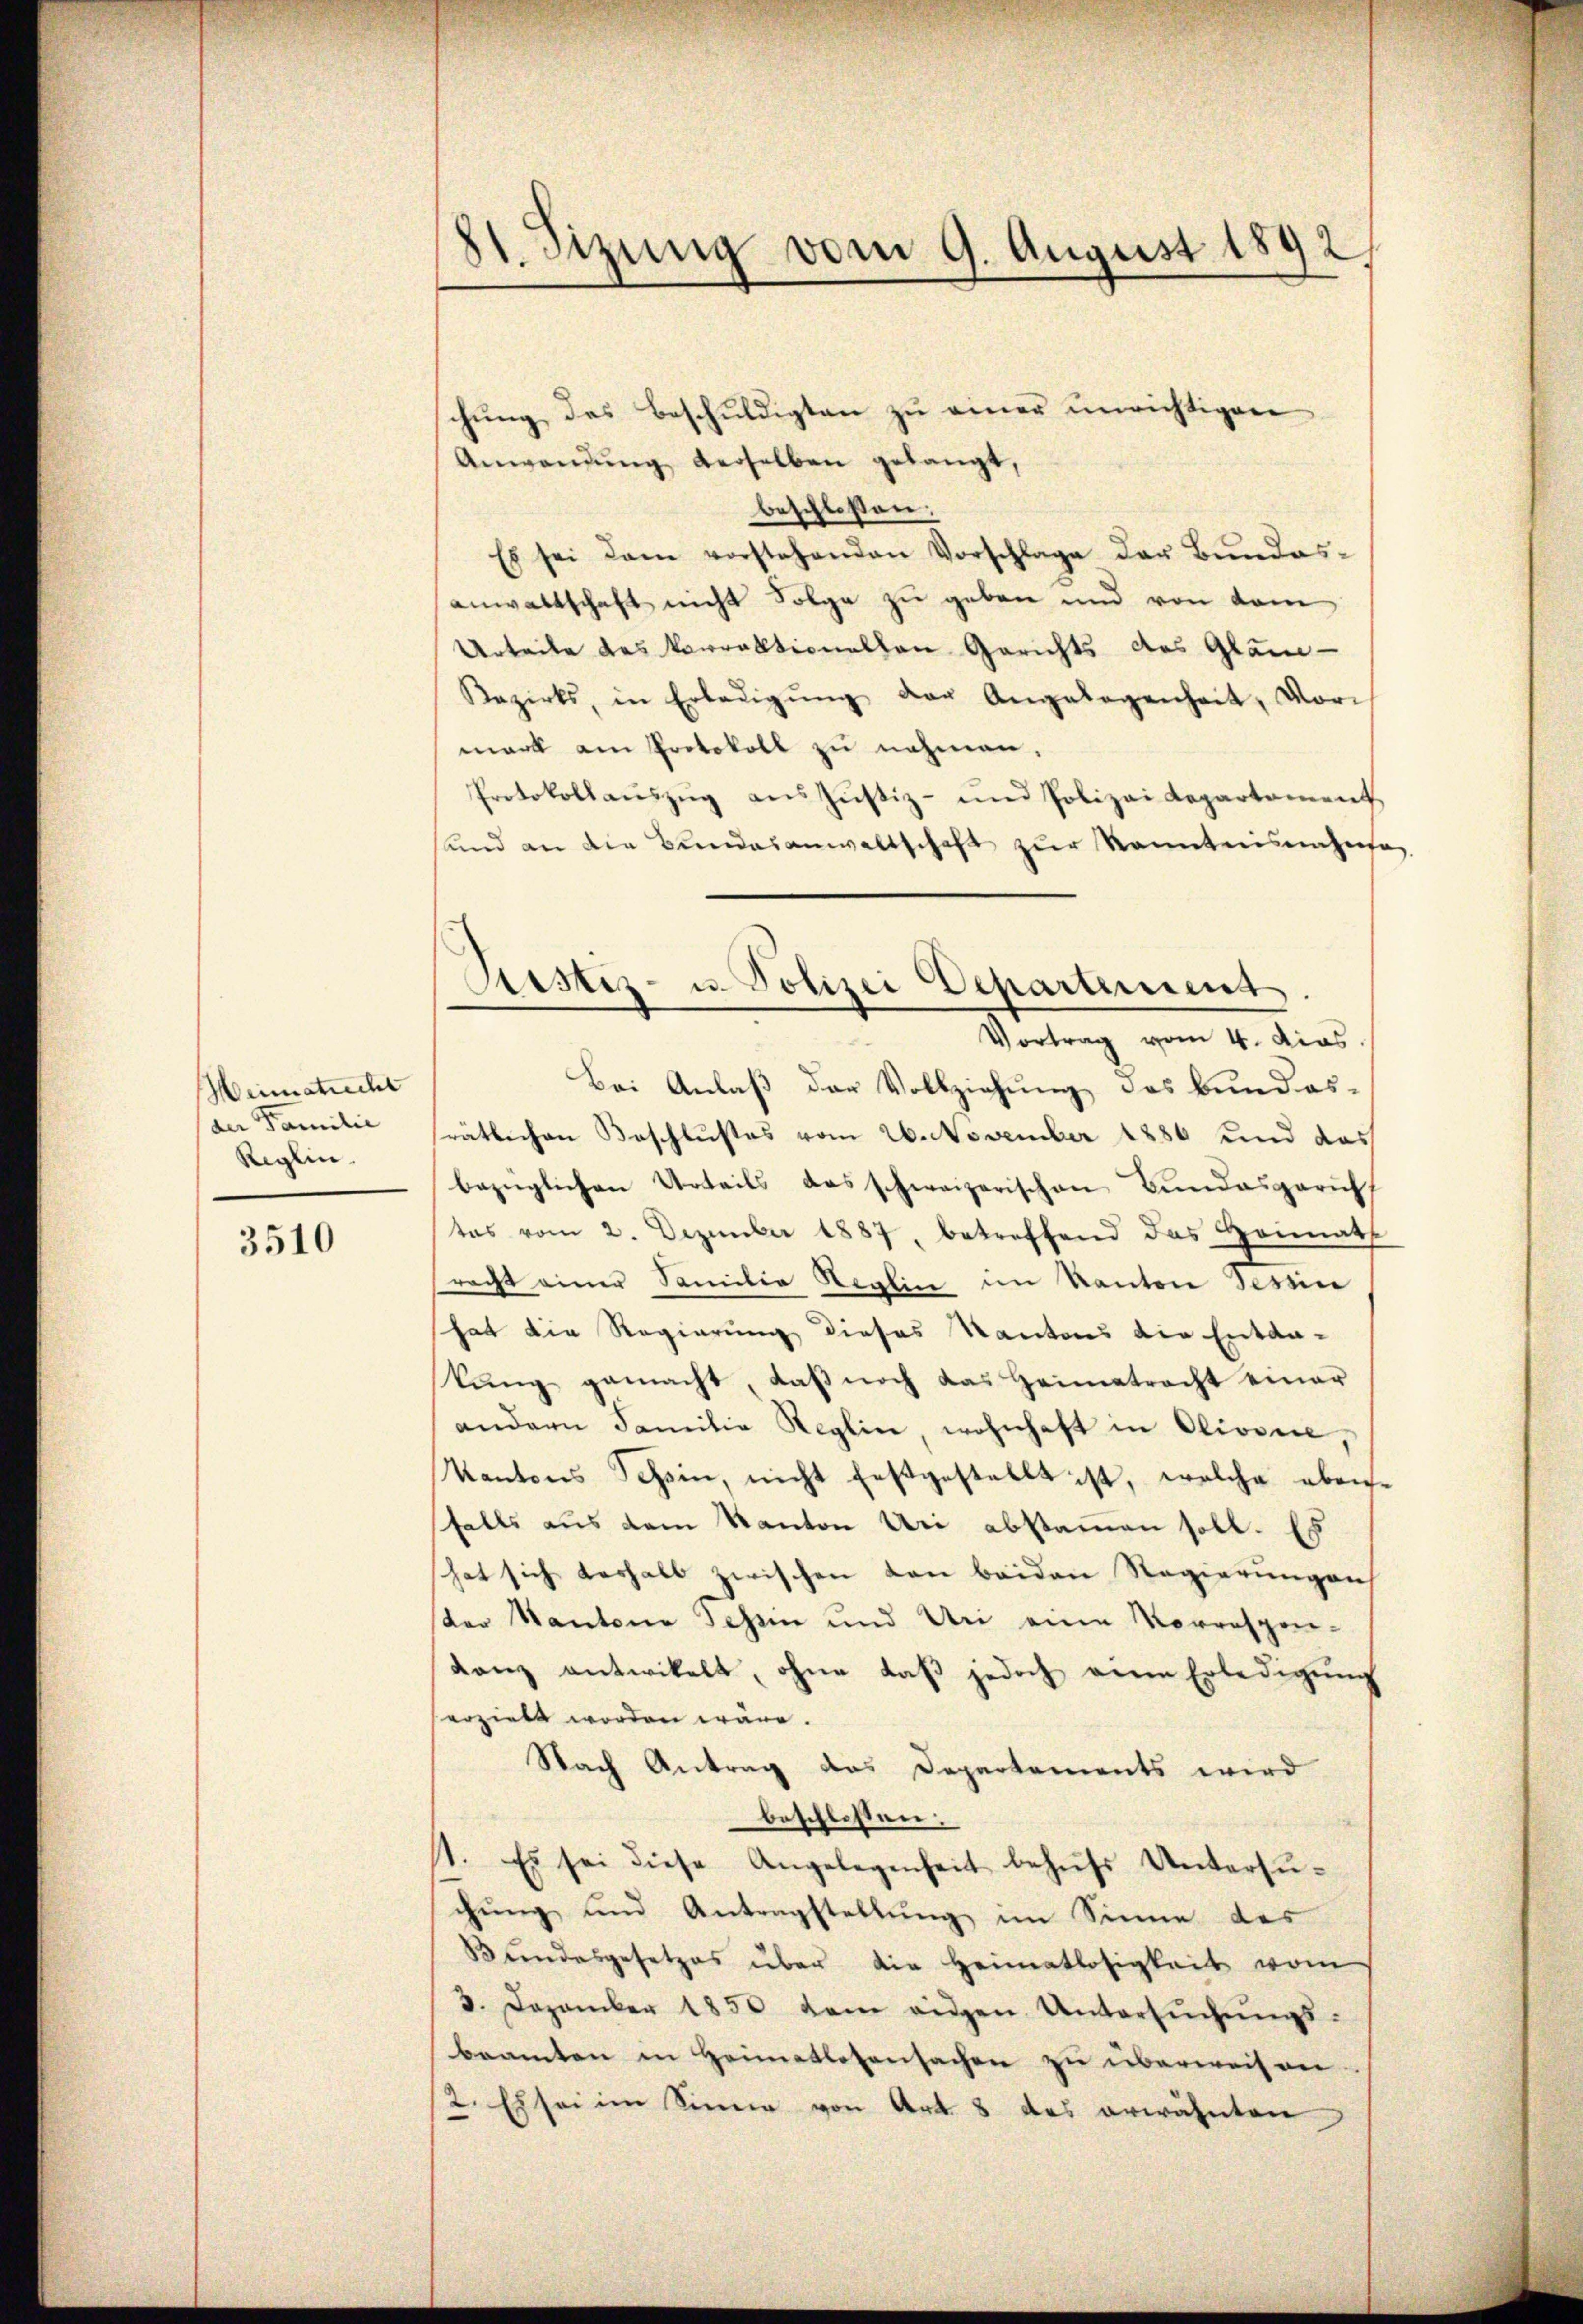
Heimatrecht
(der Familie
Reglin

3510

21. Sizung vom 9. August 1892

schŭng des Beschuldigten zu einer unrichtigen
Anwendung derselben gelangt,
beschlossen:
Es sei dem vorstehenden Vorschlage der Bŭndes-
anwaltschaft nicht Folge zu geben und von dem
Urteile des Vorraktionellen Gerichts des Gläu-
Bezirks, in Erledigŭng der Angelegenheit, Vor-
mark am Protokoll zu nahmen,
Protokollaŭszŭg aus Justiz- und Polizei Repartement
sund an die Bundesanwaltschaft zur Kenntnisnahetag
Vortrag vom 4. dies
Bei Anlaß der Vollziehung des Bundes-
rätlichen Beschlusses vom 26. November 1886 und das
bezüglichen Urteils das schweizerischen Bundesparuf
tas vom 2. Dezember 1887, betreffend das Heimath
racht einer Familie Heglin im Kanton Tessin
hat die Regierung dieses Kantons die Entda-
kŭng gemacht, daβ noch das Heimatracht einer
andern Familia Reglin, wohnhaft in Olivorce,
Kantons Schein, nicht festgestellt ist, welche ebenfalls aus dem Kanton Uri abstammen soll. Es
hat sich deshalb zwischen von beiden Regierungen
ster Kantone Tessin und Uri eine Vorrespon-
danz antwickelt, ohne daβ jedoch an Erledigŭng
erzielt worden wäre.
Nach Antrag des Departements wird
beschlossen:
11. Es sei diese Angelegenheit behŭfs Untersŭ-
chung und Antragstellung im Sinne des
Bundesgesetzes über die Heimatlosigkeit vom
3. Dezember 1850 dem eigen Untersŭchŭngs-
beamten in Heimatlosensachen zu überweisen
2. Es sei im Sinner von Art. 8 des erwähnten

Ristiz- u. Polizei Departement